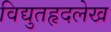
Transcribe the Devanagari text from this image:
विद्युतहृदलेख